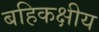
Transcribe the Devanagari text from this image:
बहिकक्षीय